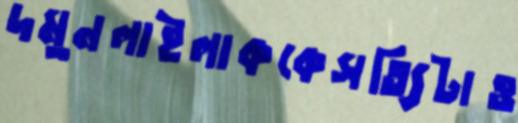
দমুনলাইলাককেসত্যিটাও